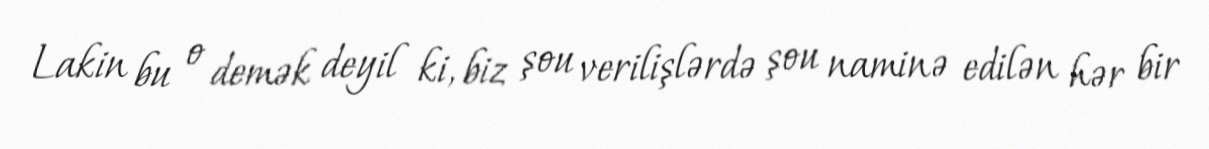
Lakin bu o demək deyil ki, biz şou verilişlərdə şou naminə edilən hər bir